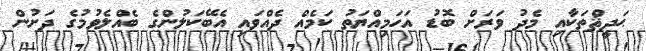
ޙަދީޘްތަކާއި މެދު ވަރަށް ބޮޑު އަހަމިއްޔަތު ކަމެއް ދެއްވައި އެބޭކަލުންގެ ބެއްލެވުމުގެ ދަށުން